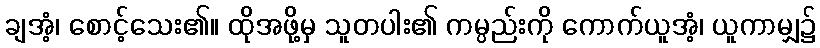
ချအံ့၊ စောင့်သေး၏။ ထိုအဖို့မှ သူတပါး၏ ကမ္ပည်းကို ကောက်ယူအံ့၊ ယူကာမျှ၌